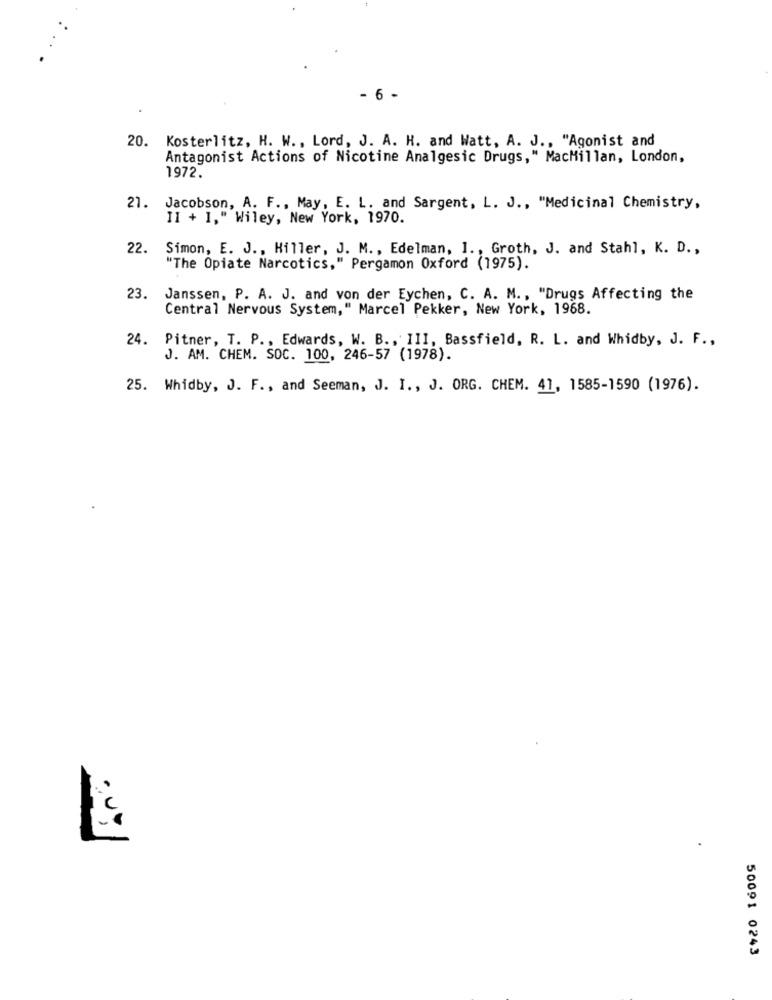
- 6 -
20. Kosterlitz, H. W ., Lord, J. A. H. and Watt, A. J ., "Agonist and
Antagonist Actions of Nicotine Analgesic Drugs," MacMillan, London,
1972.
21. Jacobson, A. F ., May, E. L. and Sargent, L. J ., "Medicinal Chemistry,
II + 1," Wiley, New York, 1970.
22.
Simon, E. J ., Hiller, J. M ., Edelman, 1 ., Groth, J. and Stahl, K. D .,
"The Opiate Narcotics," Pergamon Oxford (1975).
23.
Janssen, P. A. J. and von der Eychen, C. A. M ., "Drugs Affecting the
Central Nervous System," Marcel Pekker, New York, 1968.
24. Pitner, T. P ., Edwards, W. B ., III, Bassfield, R. L. and Whidby, J. F .,
J. AM. CHEM. SOC. 100, 246-57 (1978).
25. Whidby, J. F ., and Seeman, J. I ., J. ORG. CHEM. 41, 1585-1590 (1976).
50091 0243